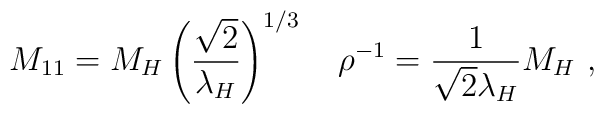
M_{11}=M_H \left( {\sqrt{2}\over\lambda_H}\right)^{1/3}\quad\rho^{-1}={1\over\sqrt{2}\lambda_H}M_H\ ,